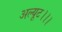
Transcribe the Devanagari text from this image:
अल्यूट।।।